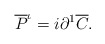
\begin{align*}\overline P ^\iota = i\partial ^1 \overline C. \end{align*}